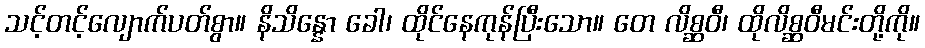
သင့်တင့်လျောက်ပတ်စွာ။ နိသိန္နော ခေါ၊ ထိုင်နေကုန်ပြီးသော။ တေ လိစ္ဆဝီ၊ ထိုလိစ္ဆဝီမင်းတို့ကို။